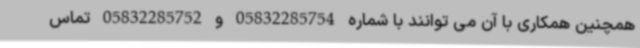
همچنین همکاری با آن می توانند با شماره 05832285754 و 05832285752 تماس